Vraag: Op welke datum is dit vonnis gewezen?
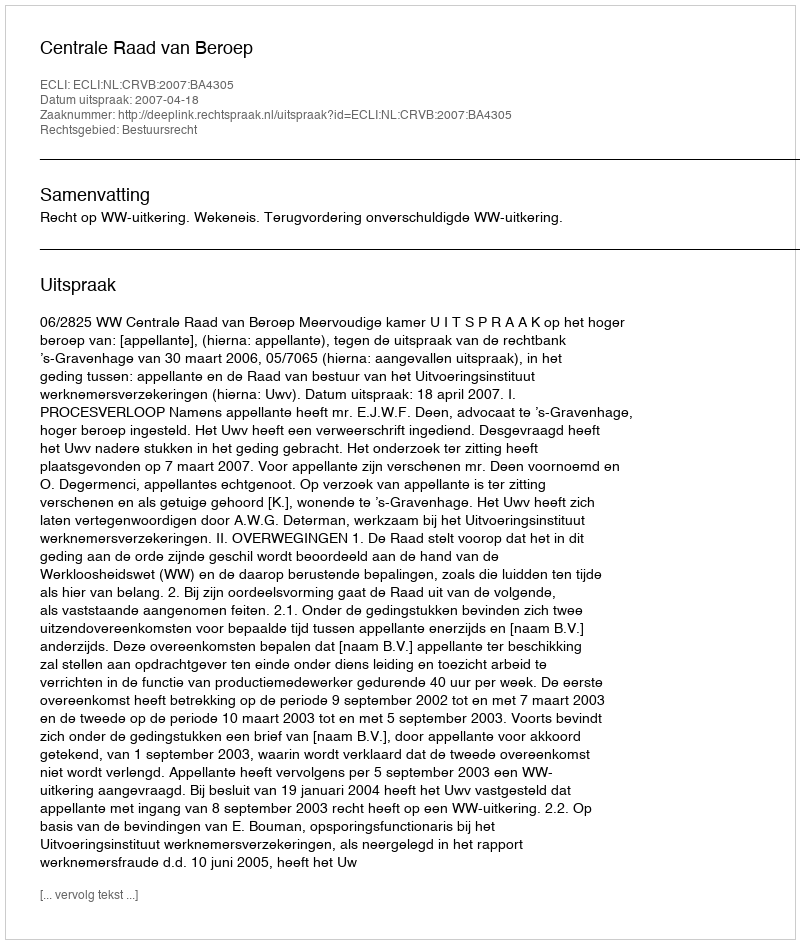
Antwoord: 2007-04-18